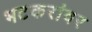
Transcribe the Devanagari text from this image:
भटकरांवर